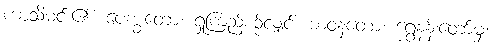
ကာသိမင်း၏။ ပေက္ခတော၊ ရှုကြည့်စဉ်လျှင်။ ဘဝနတော၊ ရွှေနန်းတော်မှ။